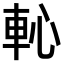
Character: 𨊳